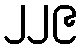
၂၂၉